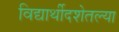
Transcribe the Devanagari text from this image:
विद्यार्थीदशेतल्या